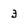
Character: 3